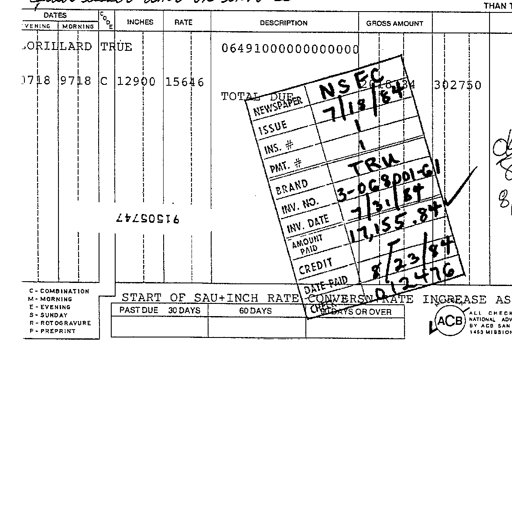
DATES CODE INCHES RATE DESCRIPTION GROSS AMOUNT
EVENING MORNING
LORILLARD TRUE 06491000000000000
0718 9718 C 12900 15646 TOTAL DUE NSEC 3027.50
NEWSPAPER 7/18/84
ISSUE 1
INS. # 1
PMT. # TRU
BRAND 3-068001-61
INV. NO. 7/31/84
INV. DATE 17,155.84
AMOUNT PAID
CREDIT 8/23/84
DATE PAID 012476
C-COMBINATION START OF SAU+INCH RATE CONVERSION RATE INCREASE AS
M-MORNING CHECK NO.
E-EVENING PAST DUE 30 DAYS 60 DAYS 90 DAYS OR OVER ALL CHECK
S-SUNDAY ACB NATIONAL AD
R-ROTOGRAVURE BY ACB SAN
P-PREPRINT 1453 MISSION